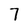
Character: 7